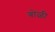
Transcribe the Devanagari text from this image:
बोळी